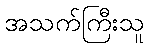
အသက်ကြီးသူ